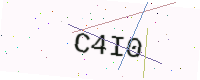
Text: C4I0